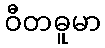
ဝီတဓူမာ